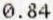
0.84